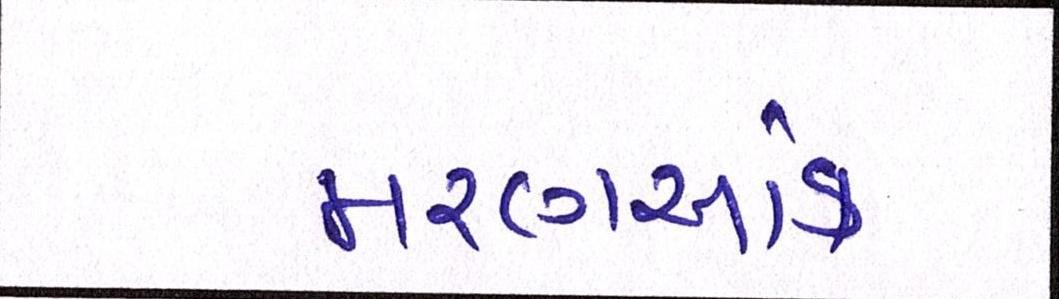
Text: મરણઆંક